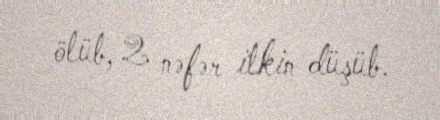
ölüb, 2 nəfər itkin düşüb.